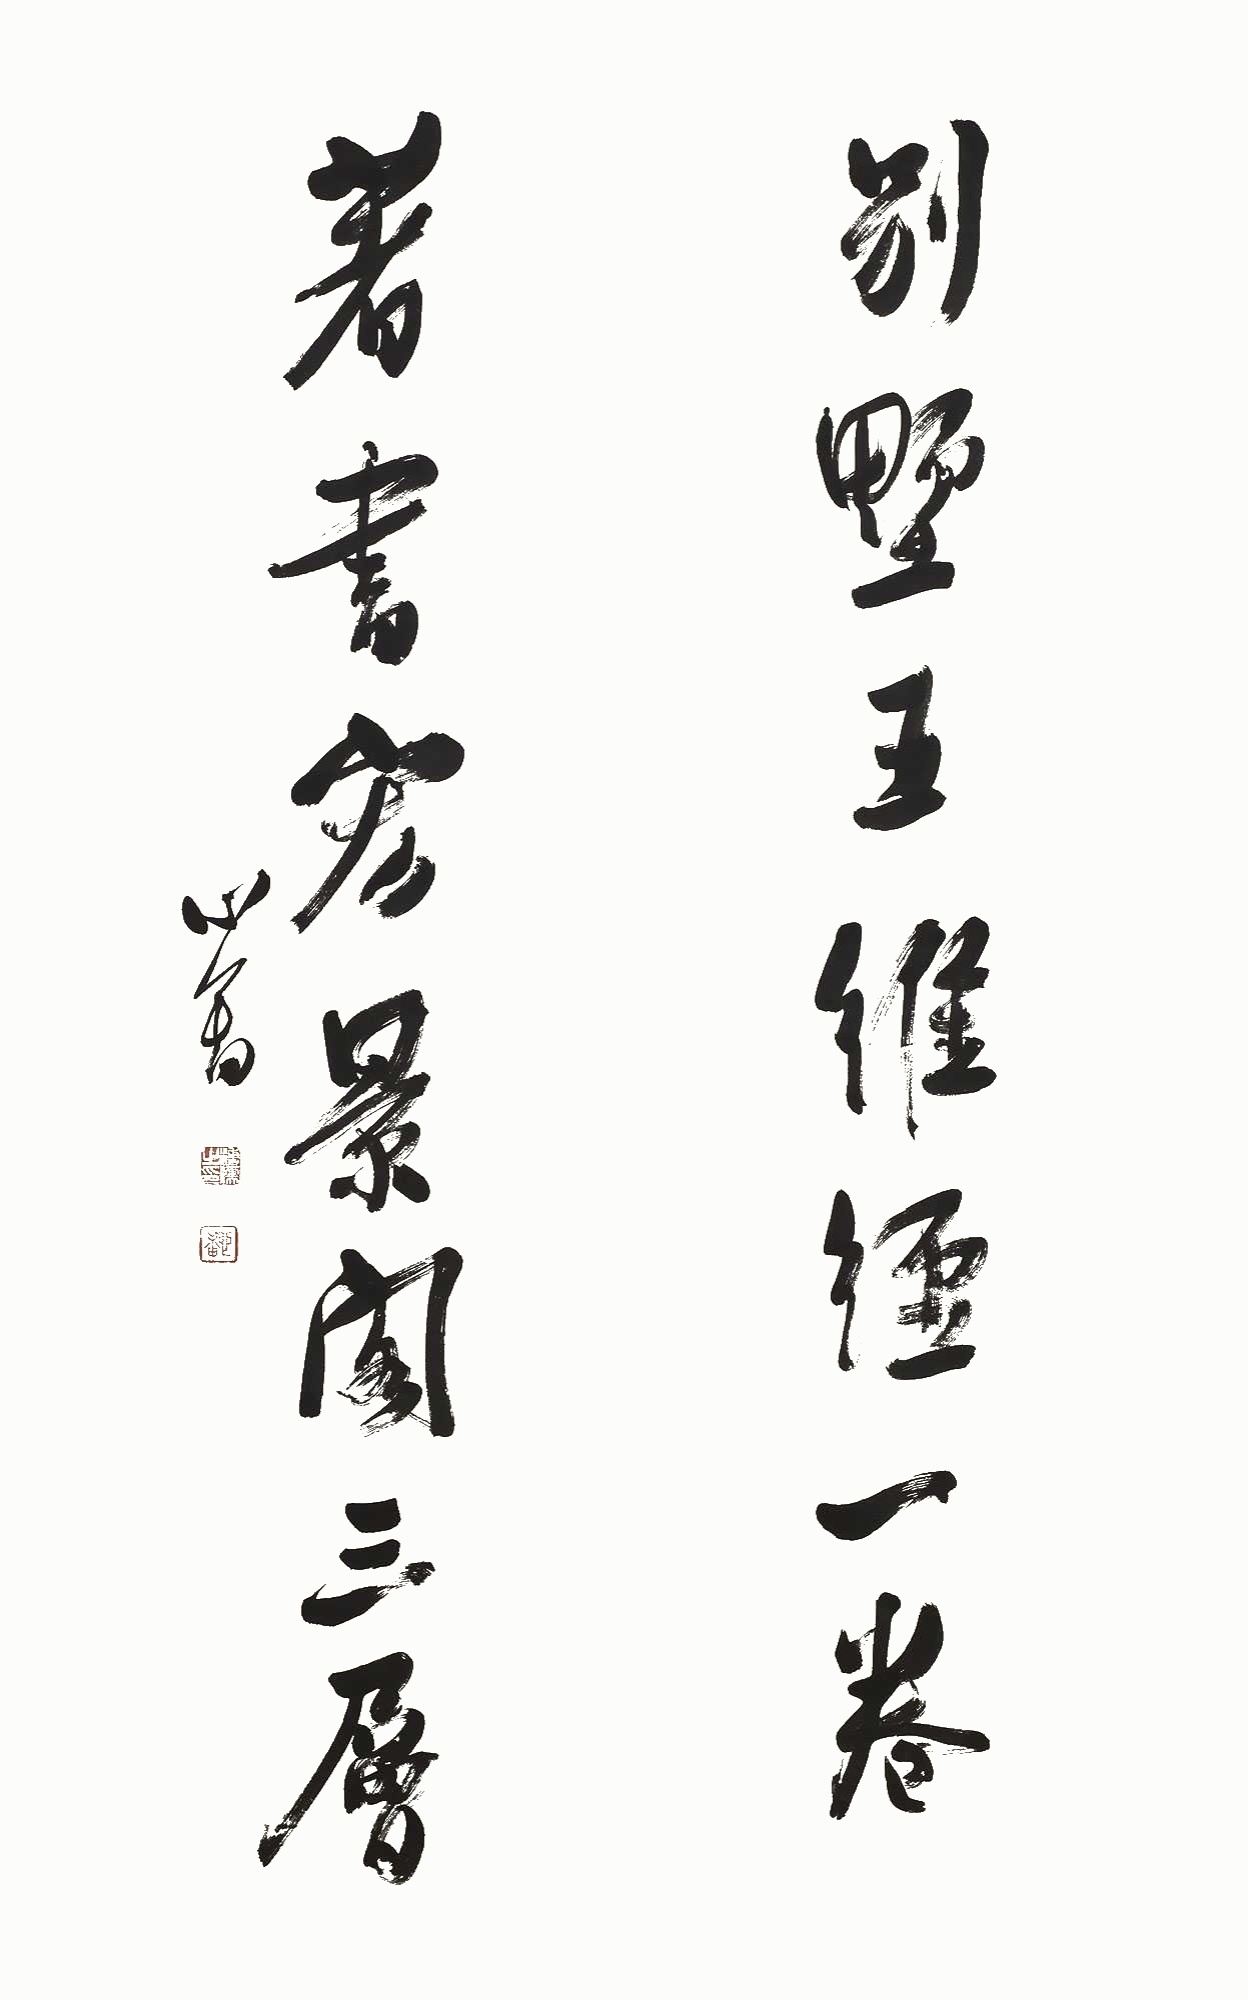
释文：别墅王维经一卷，著书宏景阁三层。心畬。